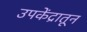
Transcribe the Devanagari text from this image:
उपकेंद्रातून